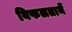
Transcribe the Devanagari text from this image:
विफलतायें